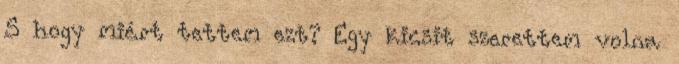
S hogy miért tettem ezt? Egy kicsit szerettem volna